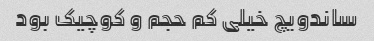
ساندویچ خیلی کم حجم و کوچیک بود